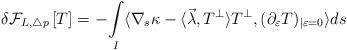
LaTeX: \begin{align*}\delta \mathcal{F}_{L,\triangle p}\left[ T \right] = - \underset{I}{\int }\langle \nabla_{s}\kappa -\langle\vec\lambda, T^{\perp}\rangle T^{\perp}, (\partial_{\varepsilon}T)_{|\varepsilon=0} \rangle ds \end{align*}